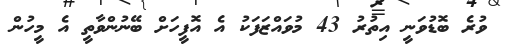
ވުރެ ބޮޑުވަނީ އިތުރު 43 މުވައްޒަފަކު އެ އޮފީހަށް ބޭނުންވާތީ އެ މީހުން